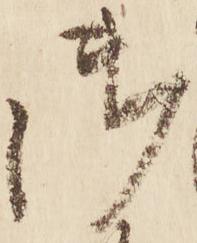
御